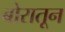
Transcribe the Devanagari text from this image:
बोरातून